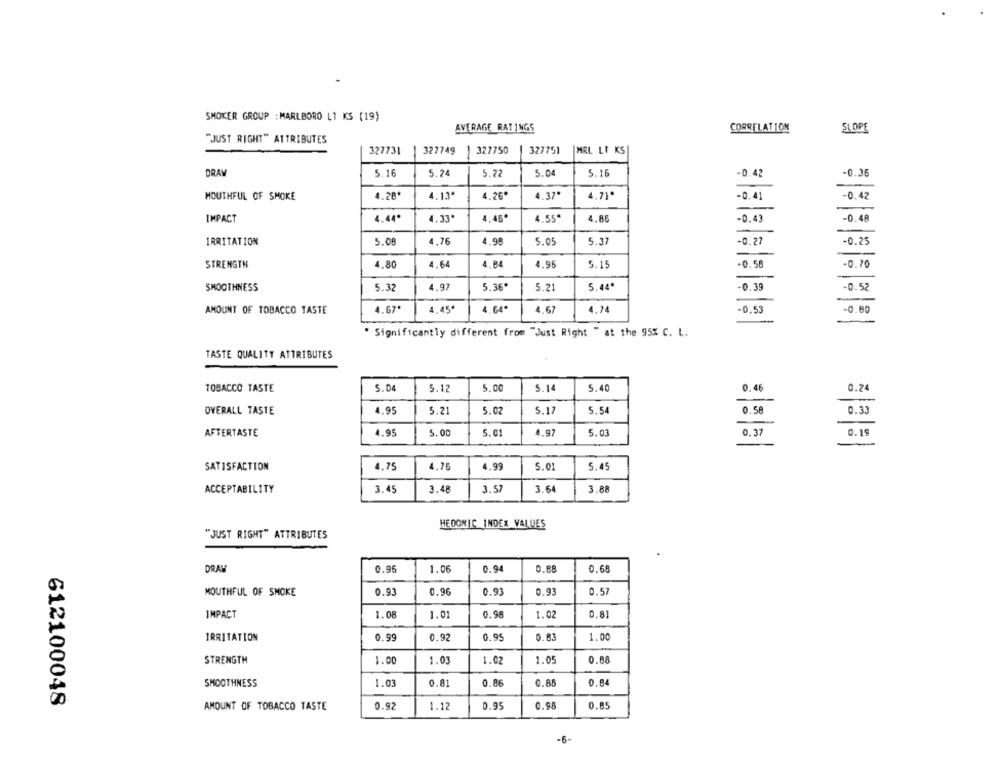
SMOKER GROUP : MARLBORO LT KS (19)
AVERAGE RATINGS
CORRELATION
SLOPE
"JUST RIGHT" ATTRIBUTES
327731
327749
327750
327751
MRL LI KS
DRAW
5.16
5.24
5.22
5.04
5.16
-0.42
-0.36
MOUTHFUL OF SMOKE
4.28*
4.13*
4.26*
4.37*
4.71*
-0.41
-0.42
IMPACT
4.44*
4.33
4,45
4.55ª
4,85
-0.43
-0.48
IRRITATION
5.08
4.76
4.98
5.05
5.37
-0.27
-0.25
STRENGTH
4.80
4.64
4.84
4.95
5.15
-0.50
-0.70
SMOOTHNESS
5.32
4,97
5.36*
5.21
5.44*
-0.39
-0.52
AMOUNT OF TOBACCO TASTE
4.67*
4.45ª
4.64*
4.67
4.74
-0.53
-0.80
" Significantly different from "Just Right " at the 95% C. L.
TASTE QUALITY ATTRIBUTES
TOBACCO TASTE
5.04
5.12
5.00
5.14
5.40
0,46
0.24
OVERALL TASTE
4.95
5.21
5.02
5.17
5.54
0.58
0.33
AFTERTASTE
4.95
5.00
5.01
4.97
5.03
0.37
0.19
SATISFACTION
4,75
4.76
4.99
5.01
5.45
ACCEPTABILITY
3.45
3.48
3.57
3.64
3.88
HEDONIC INDEX _VALUES
"JUST RIGHT" ATTRIBUTES
DRAW
0.96
1.06
0.94
0.68
0.68
MOUTHFUL OF SMOKE
0.93
0.96
0.93
0.93
0.57
IMPACT
1.08
1.01
0.98
1.02
0,81
IRRITATION
0.99
0.92
0.95
0.83
1.00
STRENGTH
1.00
1.03
1.02
1.05
0.88
SMOOTHNESS
1.03
0.81
0.86
0.86
0.84
612100048
AMOUNT OF TOBACCO TASTE
0.92
1.12
0.95
0.98
0.85
-6-